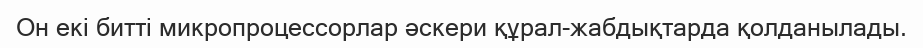
Он екі битті микропроцессорлар әскери құрал-жабдықтарда қолданылады.